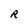
Character: R